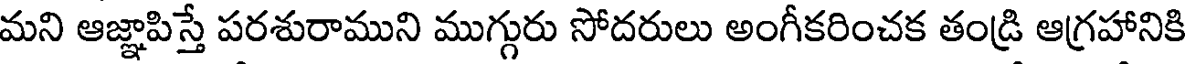
మని ఆజ్ఞాపిస్తే పరశురాముని ముగ్గురు సోదరులు అంగీకరించక తండ్రి ఆగ్రహానికి